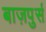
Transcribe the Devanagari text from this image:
बाज़पुर्स